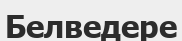
Белведере